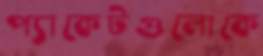
প্যাকেটগুলোকে